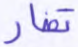
تضار